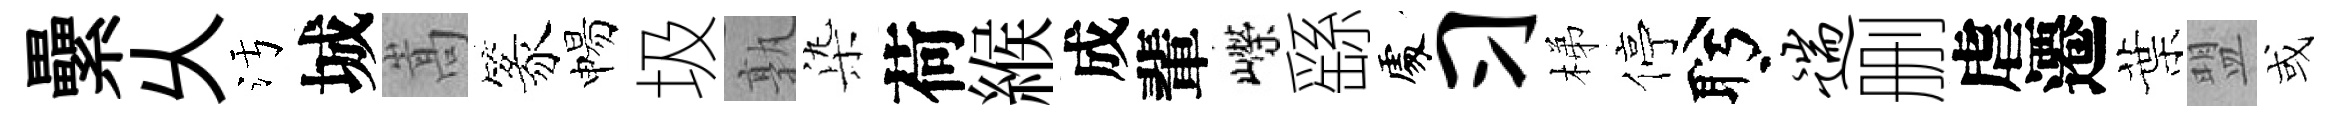
纍乆污城嵩篆惕圾孰𣑱荷緱成輩嶸繇𠁅习梯停盻遄删虐遷葉盟或